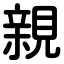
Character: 親